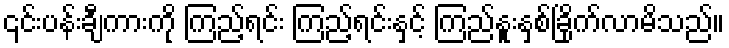
၎င်းပန်းချီကားကို ကြည့်ရင်း ကြည့်ရင်းနှင့် ကြည်နူးနှစ်ခြိုက်လာမိသည်။